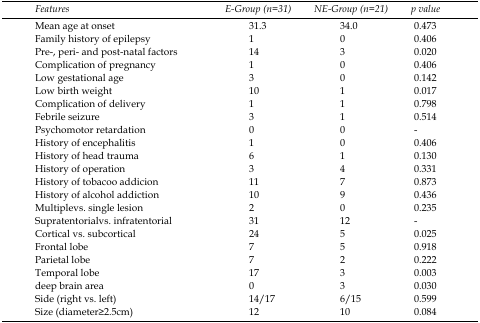
<table><thead><tr><td><b><i>Features</i></b></td><td><b><i>E-Group(n=31)</i></b></td><td><b><i>NE-Group(n=21)</i></b></td><td><b><i>p value</i></b></td></tr></thead><tbody><tr><td>Mean age at onset</td><td>31.3</td><td>34.0</td><td>0.473</td></tr><tr><td>Family history of epilepsy</td><td>1</td><td>0</td><td>0.406</td></tr><tr><td>Pre-, peri- and post-natal factors</td><td>14</td><td>3</td><td>0.020</td></tr><tr><td>Complication of pregnancy</td><td>1</td><td>0</td><td>0.406</td></tr><tr><td>Low gestational age</td><td>3</td><td>0</td><td>0.142</td></tr><tr><td>Low birth weight</td><td>10</td><td>1</td><td>0.017</td></tr><tr><td>Complication of delivery</td><td>1</td><td>1</td><td>0.798</td></tr><tr><td>Febrile seizure</td><td>3</td><td>1</td><td>0.514</td></tr><tr><td>Psychomotor retardation</td><td>0</td><td>0</td><td>-</td></tr><tr><td>History of encephalitis</td><td>1</td><td>0</td><td>0.406</td></tr><tr><td>History of head trauma</td><td>6</td><td>1</td><td>0.130</td></tr><tr><td>History of operation</td><td>3</td><td>4</td><td>0.331</td></tr><tr><td>History of tobacoo addicion</td><td>11</td><td>7</td><td>0.873</td></tr><tr><td>History of alcohol addiction</td><td>10</td><td>9</td><td>0.436</td></tr><tr><td>Multiplevs. single lesion</td><td>2</td><td>0</td><td>0.235</td></tr><tr><td>Supratentorialvs. infratentorial</td><td>31</td><td>12</td><td>-</td></tr><tr><td>Cortical vs. subcortical</td><td>24</td><td>5</td><td>0.025</td></tr><tr><td>Frontal lobe </td><td>7</td><td>5</td><td>0.918</td></tr><tr><td>Parietal lobe </td><td>7</td><td>2</td><td>0.222</td></tr><tr><td>Temporal lobe </td><td>17</td><td>3</td><td>0.003</td></tr><tr><td>deep brain area </td><td>0</td><td>3</td><td>0.030</td></tr><tr><td>Side (right vs. left)</td><td>14/17</td><td>6/15</td><td>0.599</td></tr><tr><td>Size (diameter<b>≥</b>2.5cm)</td><td>12</td><td>10</td><td>0.084</td></tr></tbody></table>